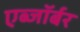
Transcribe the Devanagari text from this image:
एब्जॉर्बर